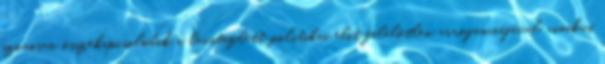
szorosan összekapcsolódik a levitézlett politikai elit felelőtlen arroganciájával, cinikus